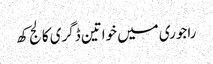
راجوری میں خواتین ڈگری کالج کھ